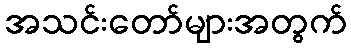
အသင်းတော်များအတွက်